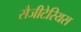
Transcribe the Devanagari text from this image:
सैजीटेरियस